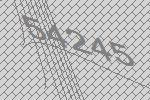
54245